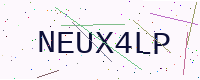
Text: NEUX4LP